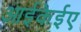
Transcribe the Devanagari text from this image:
आईकेईए